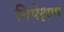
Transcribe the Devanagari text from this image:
निपेक्षण